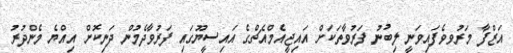
އަޒްފާ މަރުވވެފައިވަނީ ލިބުނު ފަރުވާތަކަށް އައިޖީއެމްއެޗްގެ އައިސީޔޫގައި ފަރުވާދެމުން ދަނިކޮށް އިއްޔެ މެންދުރު